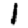
Digit: 1